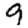
Digit: 9